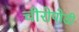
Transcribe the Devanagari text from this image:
चीरोपोडी